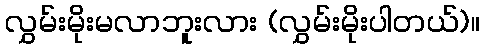
လွှမ်းမိုးမလာဘူးလား (လွှမ်းမိုးပါတယ်)။